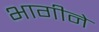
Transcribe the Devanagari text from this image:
भागीने